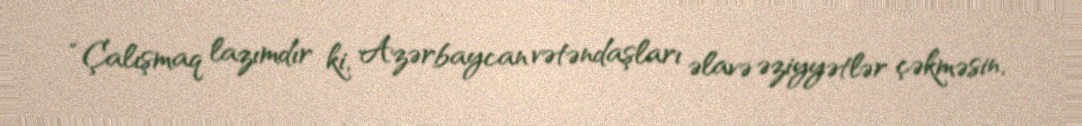
“Çalışmaq lazımdır ki, Azərbaycan vətəndaşları əlavə əziyyətlər çəkməsin,